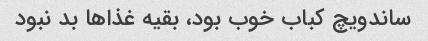
ساندویچ کباب خوب بود، بقیه غذا‌ها بد نبود